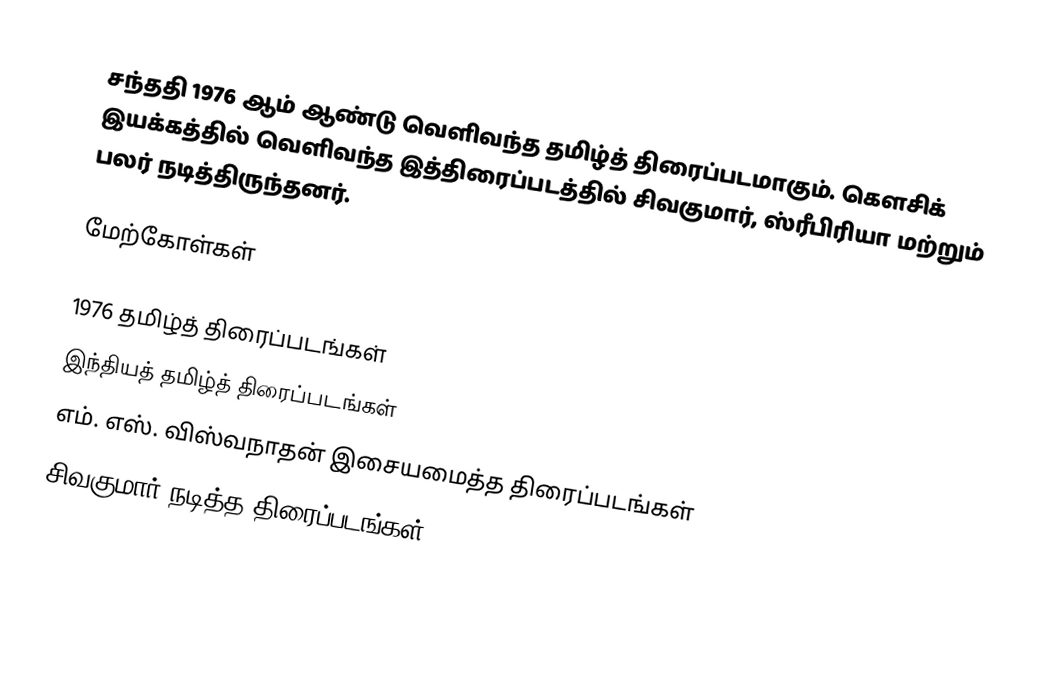
சந்ததி 1976 ஆம் ஆண்டு வெளிவந்த தமிழ்த் திரைப்படமாகும். கௌசிக் இயக்கத்தில் வெளிவந்த இத்திரைப்படத்தில் சிவகுமார், ஸ்ரீபிரியா மற்றும் பலர் நடித்திருந்தனர்.

மேற்கோள்கள்

1976 தமிழ்த் திரைப்படங்கள்
இந்தியத் தமிழ்த் திரைப்படங்கள்
எம். எஸ். விஸ்வநாதன் இசையமைத்த திரைப்படங்கள்
சிவகுமார் நடித்த திரைப்படங்கள்